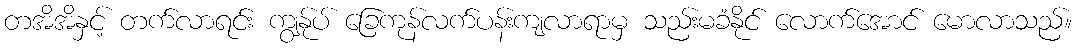
တအိအိနှင့် တက်လာရင်း ကျွန်ုပ် ခြေကုန်လက်ပန်းကျလာရာမှ သည်းမခံနိုင် လောက်အောင် မောလာသည်။